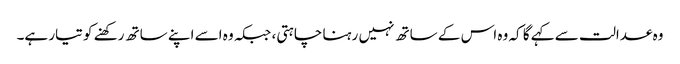
وہ عدالت سے کہے گا کہ وہ اس کے ساتھ نہیں رہنا چاہتی، جبکہ وہ اسے اپنے ساتھ رکھنے کو تیار ہے۔